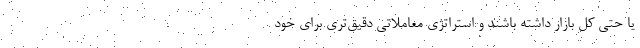
یا حتی کل بازار داشته باشند و استراتژی معاملاتی دقیق‌تری برای خود